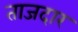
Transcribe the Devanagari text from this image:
ताजदार